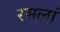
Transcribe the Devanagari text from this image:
रमलां